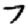
Digit: 7